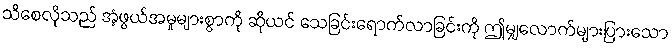
သိစေလိုသည် အံ့ဖွယ်အမှုများစွာကို ဆိုယင် သေခြင်းရောက်လာခြင်းကို ဤမျှလောက်များပြားသော